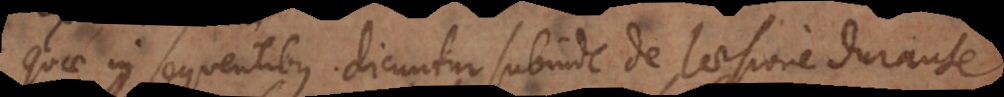
Quae in sequentibus dicuntur subinde de laesione durante